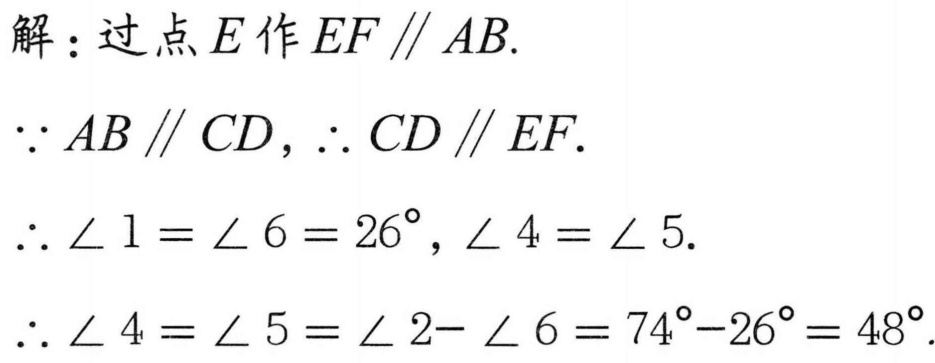
解：过点\(E\)作\(EF\parallel AB\).
\(\because AB\parallel CD\), \(\therefore CD\parallel EF\).
\(\therefore\angle 1 = \angle 6 = 26^{\circ}\), \(\angle 4 = \angle 5\).
\(\therefore\angle 4 = \angle 5 = \angle 2 - \angle 6 = 74^{\circ}-26^{\circ}= 48^{\circ}\).